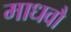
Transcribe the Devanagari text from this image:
माधवौ